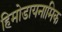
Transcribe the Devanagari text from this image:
हिमोडायनामिक